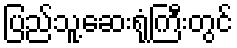
ပြည်သူ့ဆေးရုံကြီးတွင်